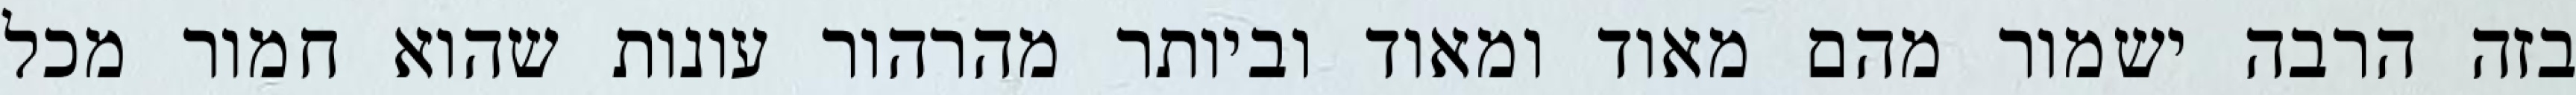
בזה הרבה ישמור מהם מאוד ומאוד וביותר מהרהור עונות שהוא חמור מכל